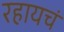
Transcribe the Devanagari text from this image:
रहायचं